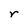
Character: r